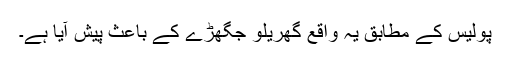
پولیس کے مطابق یہ واقع گھریلو جگھڑے کے باعث پیش آیا ہے۔